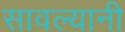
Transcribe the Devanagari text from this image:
सावल्यानी